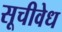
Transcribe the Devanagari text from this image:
सूचीवेध